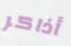
أذاكر